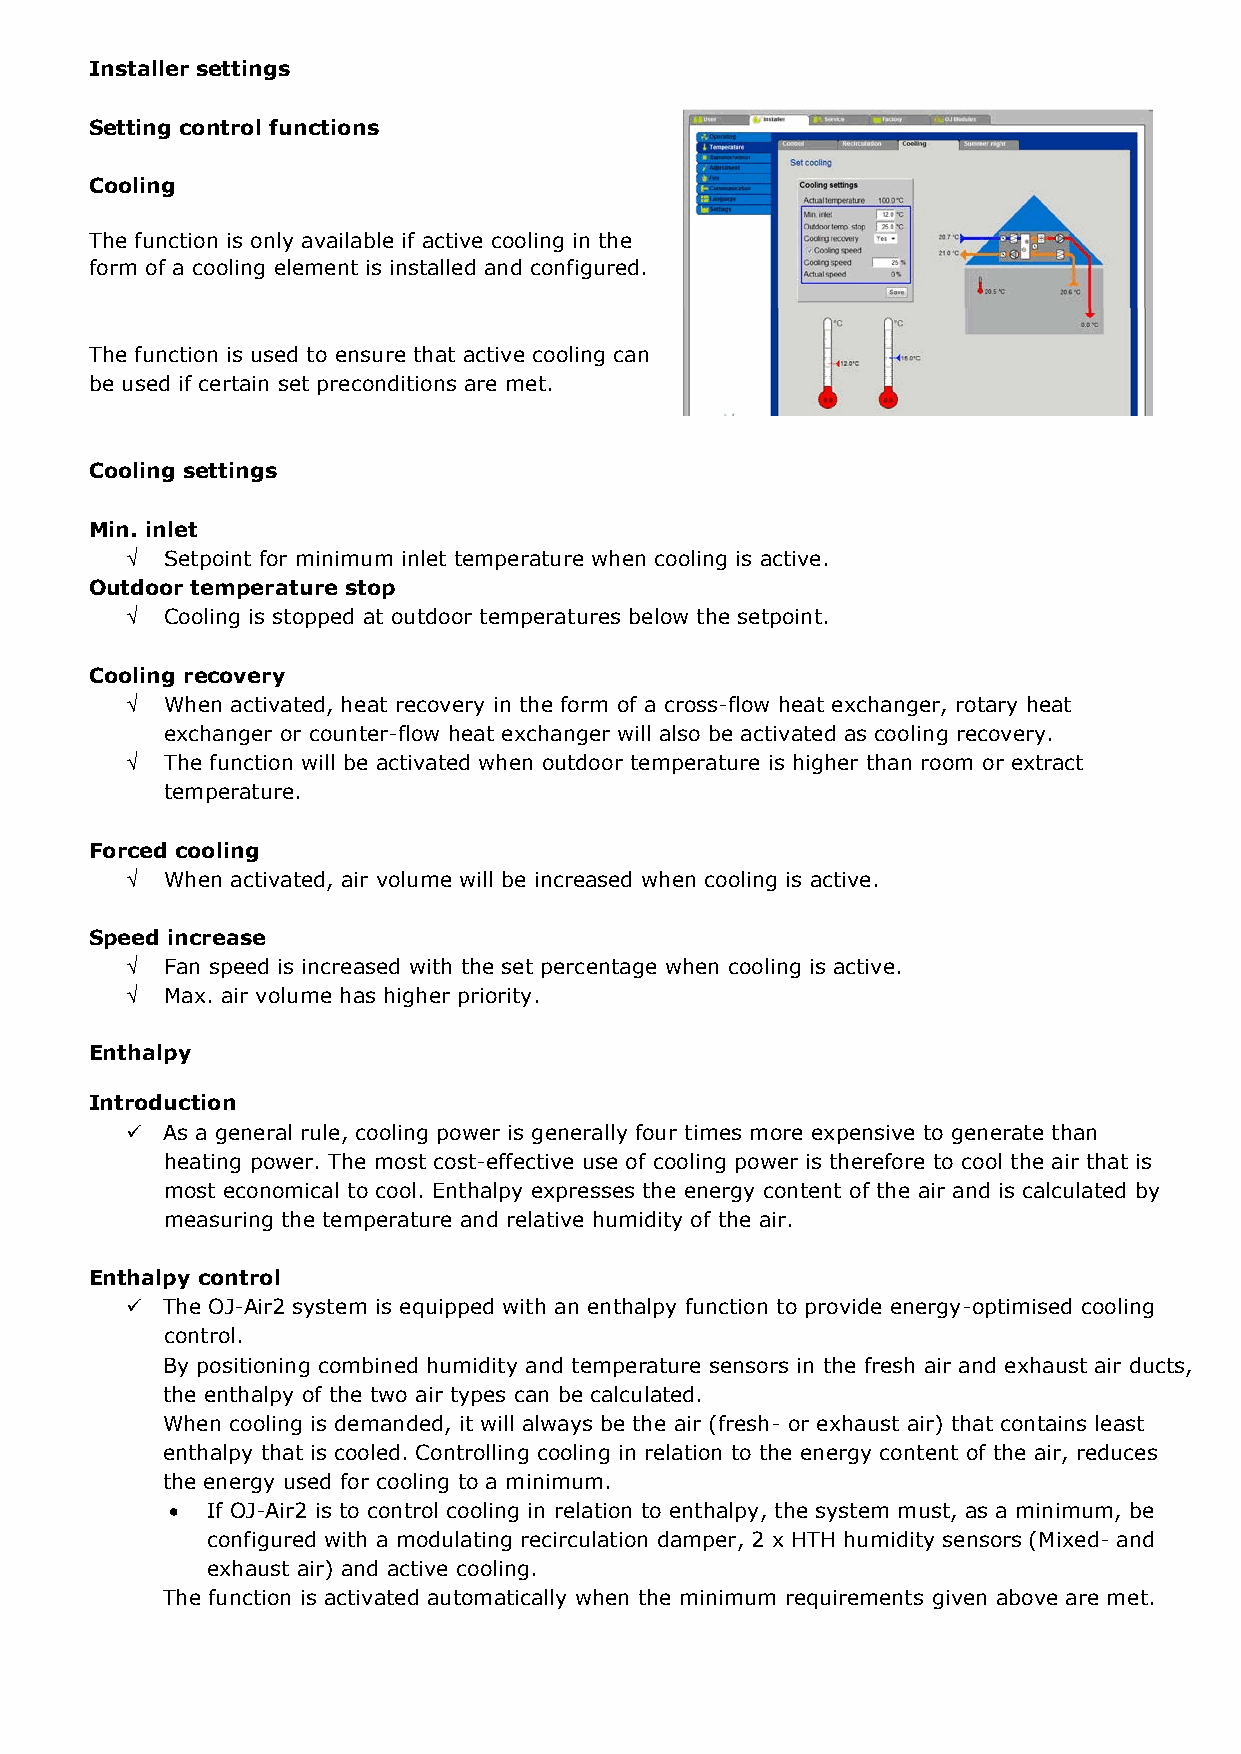
Installer settings
 Setting control functions
 Cooling
 The function is only available if active cooling in the
 form of a cooling element is installed and configured.
 The function is used to ensure that active cooling can
 be used if certain set preconditions are met.
 Cooling settings
 Min. inlet
 √  Setpoint for minimum inlet temperature when cooling is active.
 Outdoor temperature stop
 √  Cooling is stopped at outdoor temperatures below the setpoint.
 Cooling recovery
 √  When activated, heat recovery in the form of a cross-flow heat exchanger, rotary heat
 exchanger or counter-flow heat exchanger will also be activated as cooling recovery.
 √  The function will be activated when outdoor temperature is higher than room or extract
 temperature.
 Forced cooling
 √  When activated, air volume will be increased when cooling is active.
 Speed increase
 √  Fan speed is increased with the set percentage when cooling is active.
 √  Max. air volume has higher priority.
 Enthalpy
 Introduction
   As a general rule, cooling power is generally four times more expensive to generate than
 heating power. The most cost-effective use of cooling power is therefore to cool the air that is
 most economical to cool. Enthalpy expresses the energy content of the air and is calculated by
 measuring the temperature and relative humidity of the air.
 Enthalpy control
   The OJ-Air2 system is equipped with an enthalpy function to provide energy-optimised cooling
 control.
 By positioning combined humidity and temperature sensors in the fresh air and exhaust air ducts,
 the enthalpy of the two air types can be calculated.
 When cooling is demanded, it will always be the air (fresh- or exhaust air) that contains least
 enthalpy that is cooled. Controlling cooling in relation to the energy content of the air, reduces
 the energy used for cooling to a minimum.
 •  If OJ-Air2 is to control cooling in relation to enthalpy, the system must, as a minimum, be
 configured with a modulating recirculation damper, 2 x HTH humidity sensors (Mixed- and
 exhaust air) and active cooling.
 The function is activated automatically when the minimum requirements given above are met.